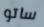
ساتو